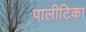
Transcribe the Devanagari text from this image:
पालीटिका